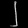
Digit: ၂